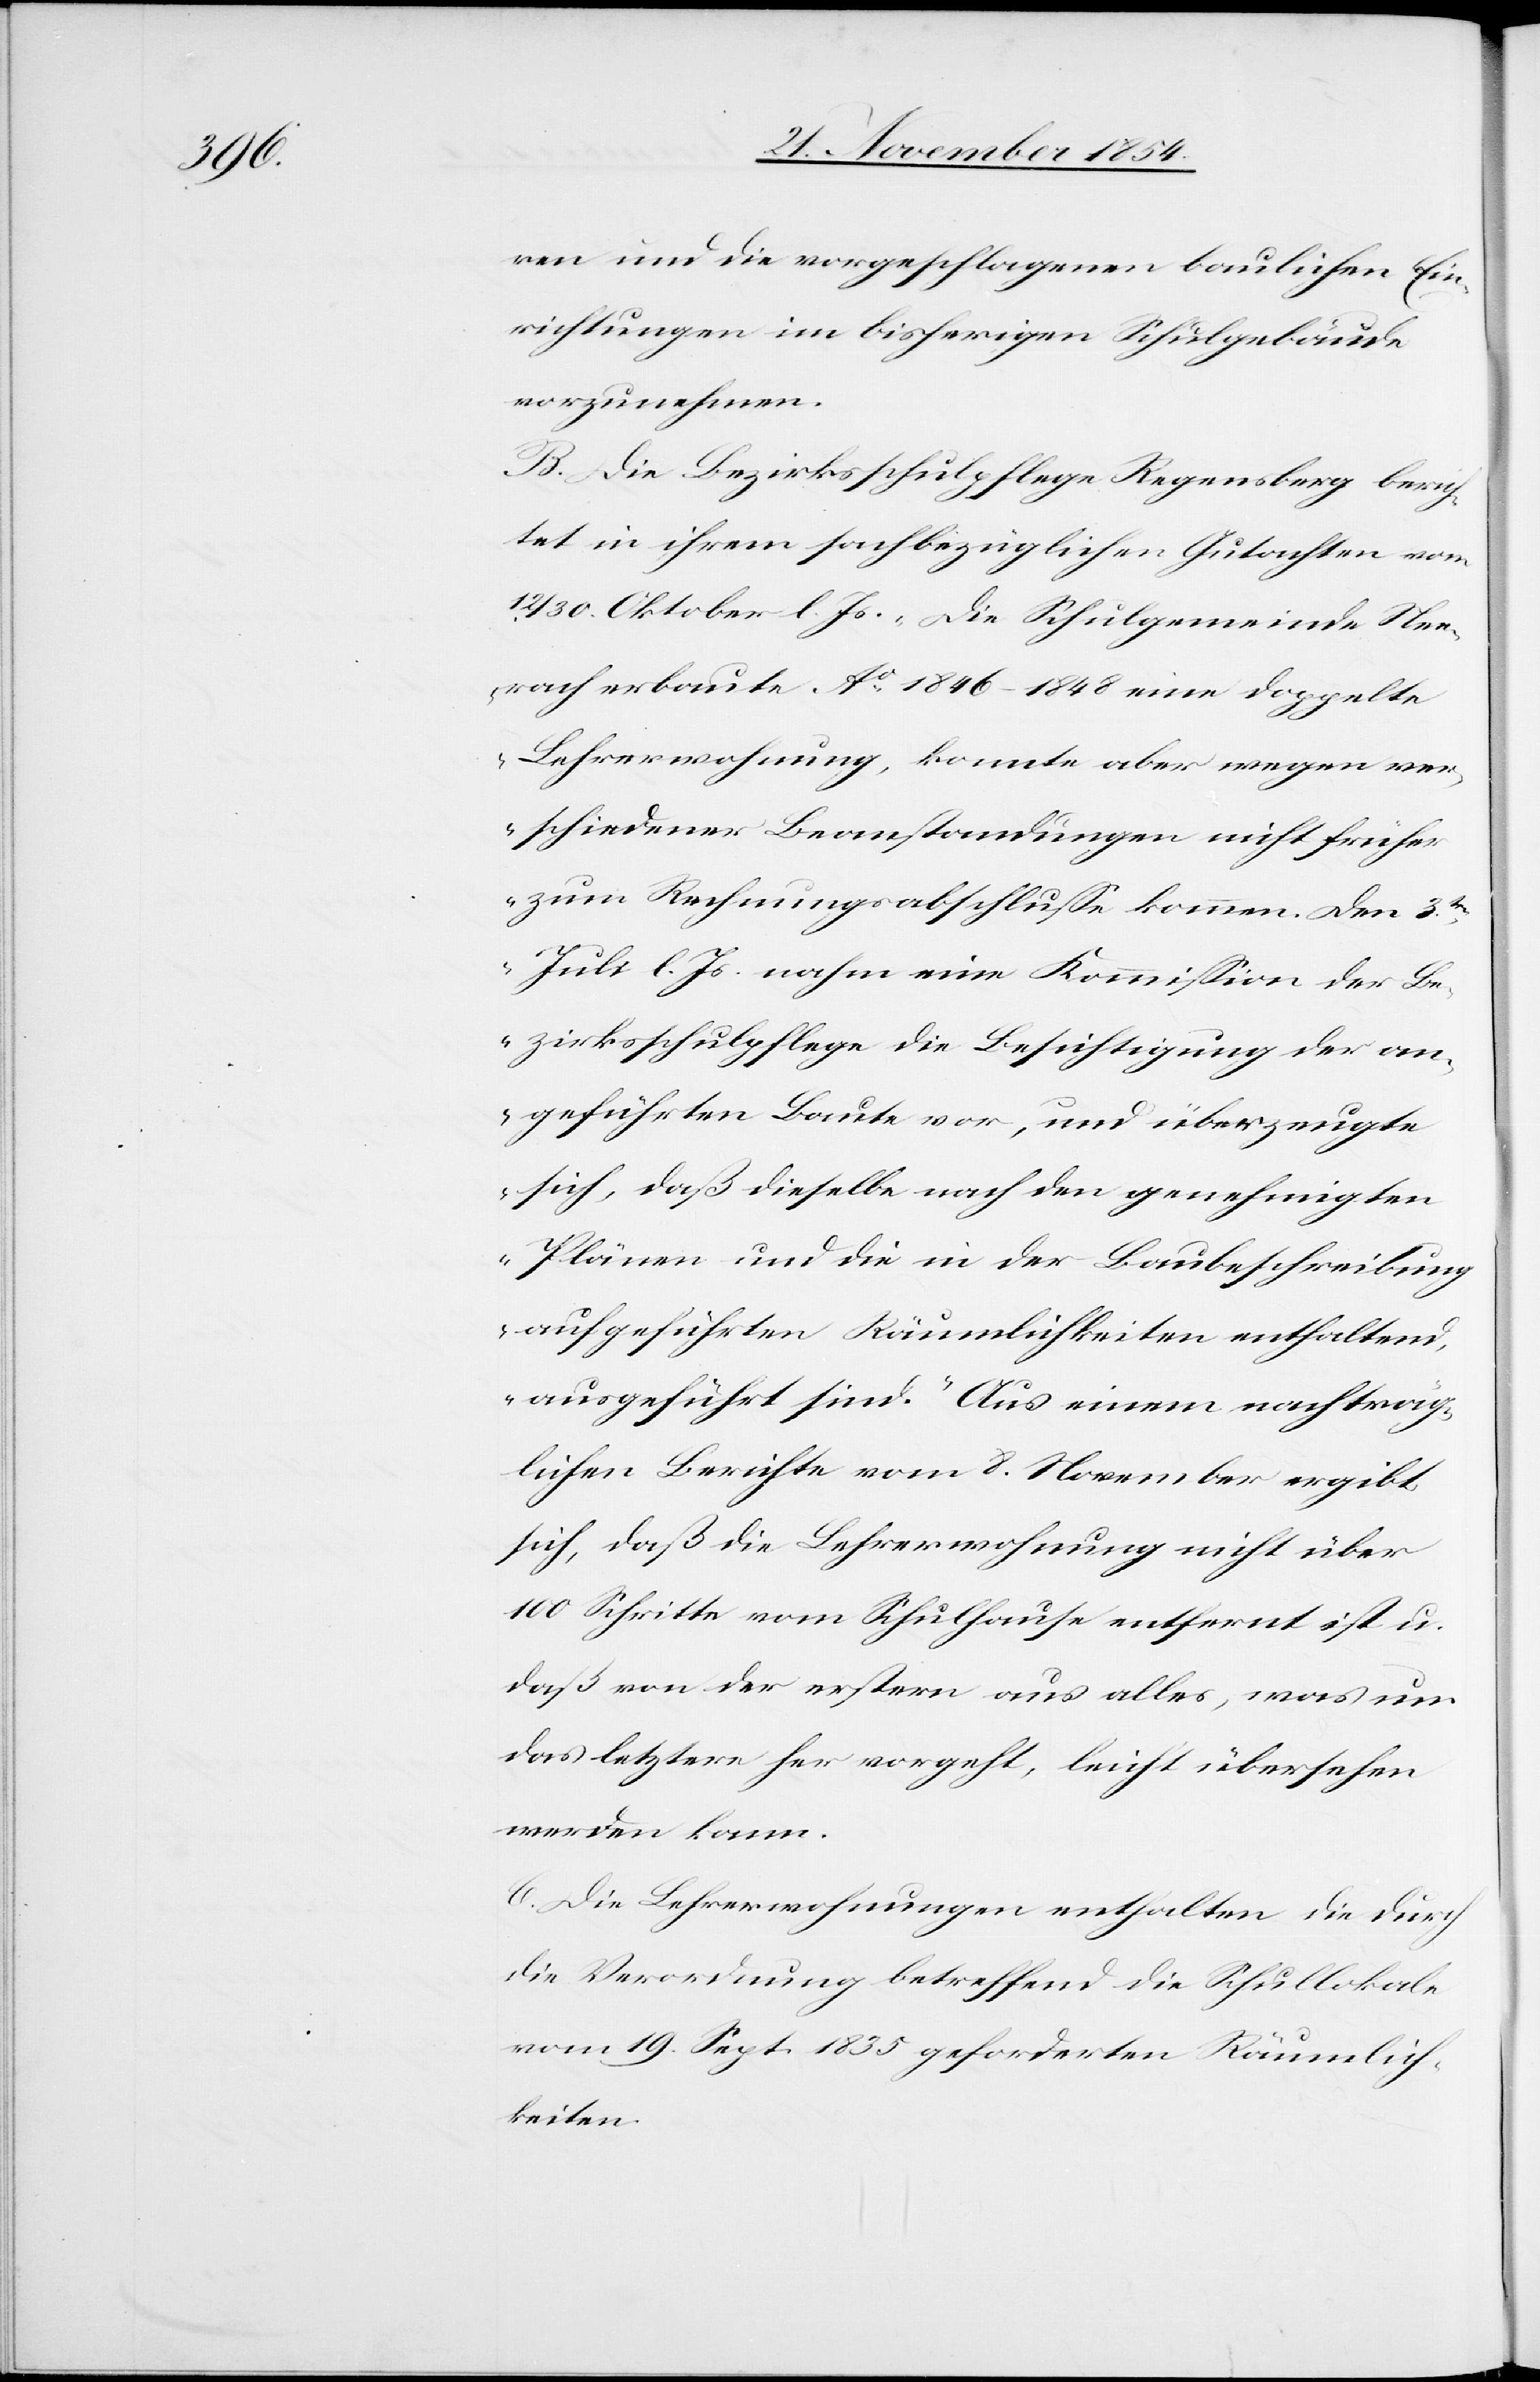
ren und die vorgeschlagenen baulichen Ein¬
richtungen im bisherigen Schulgebäude
vorzunehmen.
B. Die Bezirksschulpflege Regensberg berich¬
tet in ihrem sachbezüglichen Gutachten vom
12/30. Oktober l. Js.: „Die Schulgemeinde Nee¬
rach erbaute Ao 1846–1848 eine doppelte
Lehrerwohnung, konnte aber wegen ver¬
schiedener Beanstandungen nicht früher
zum Rechnungsabschluße kommen. Den 3ten
Juli l. Js. nahm eine Kommißion der Be¬
zirksschulpflege die Besichtigung der an¬
geführten Baute vor, und überzeugte
sich, daß dieselbe nach den genehmigten
Plänen und die in der Baubeschreibung
aufgeführten Räumlichkeiten enthaltend,
ausgeführt sind.“ Aus einem nachträg¬
lichen Berichte vom 8. November ergibt
sich, daß die Lehrerwohnung nicht über
100 Schritte vom Schulhause entfernt ist u.
daß von der erstern aus alles, was um
das letztere her vorgeht, leicht übersehen
werden kann.
C. Die Lehrerwohnungen enthalten die durch
die Verordnung betreffend die Schullokale
vom 19. Sept. 1835 geforderten Räumlich¬
keiten.